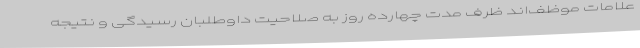
علامات موظف‌اند ظرف مدت چهارده روز به صلاحیت داوطلبان رسیدگی و ‌نتیجه